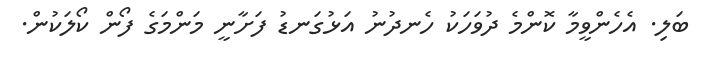
ބަލި. އެހެންވީމާ ކޮންމެ ދުވަހަކު ހެނދުނު އަޅުގަނޑު ފަށާނީ މަންމަގެ ފޯން ކޯލަކުން.